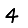
Digit: 4